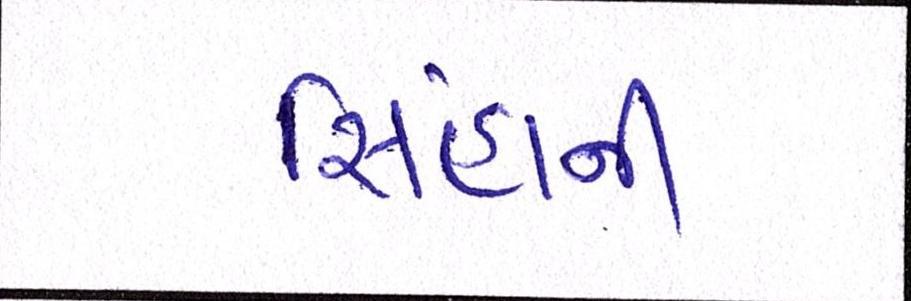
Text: સિંહાની